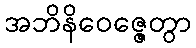
အဘိနိဝေဇ္ဇေတွာ